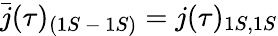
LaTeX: \bar{j}(\tau)_{(1S\mathrm{~-~}1S)}=j(\tau)_{1S,1S}